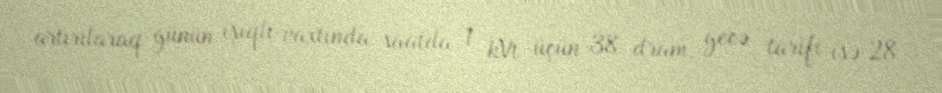
artırılaraq günün işıqlı vaxtında saatda 1 kVt üçün 38 dram, gecə tarifi isə 28